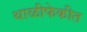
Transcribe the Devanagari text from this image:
थाळीफेकीत